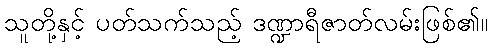
သူတို့နှင့် ပတ်သက်သည့် ဒဏ္ဍာရီဇာတ်လမ်းဖြစ်၏။